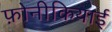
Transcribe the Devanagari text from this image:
फ़ोनीकियाई